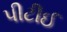
પીટીઈ